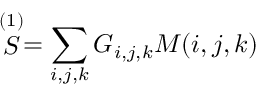
\stackrel { ( 1 ) } { \cal { S } } = \sum _ { i , j , k } G _ { i , j , k } M ( i , j , k )